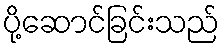
ပို့ဆောင်ခြင်းသည်